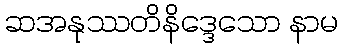
ဆအနုဿတိနိဒ္ဒေသော နာမ